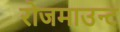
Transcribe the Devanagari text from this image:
रोजमाउन्ट